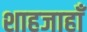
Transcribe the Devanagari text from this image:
शाहजाहाँ